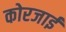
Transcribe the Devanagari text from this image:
कोरजाई